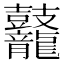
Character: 𪔷